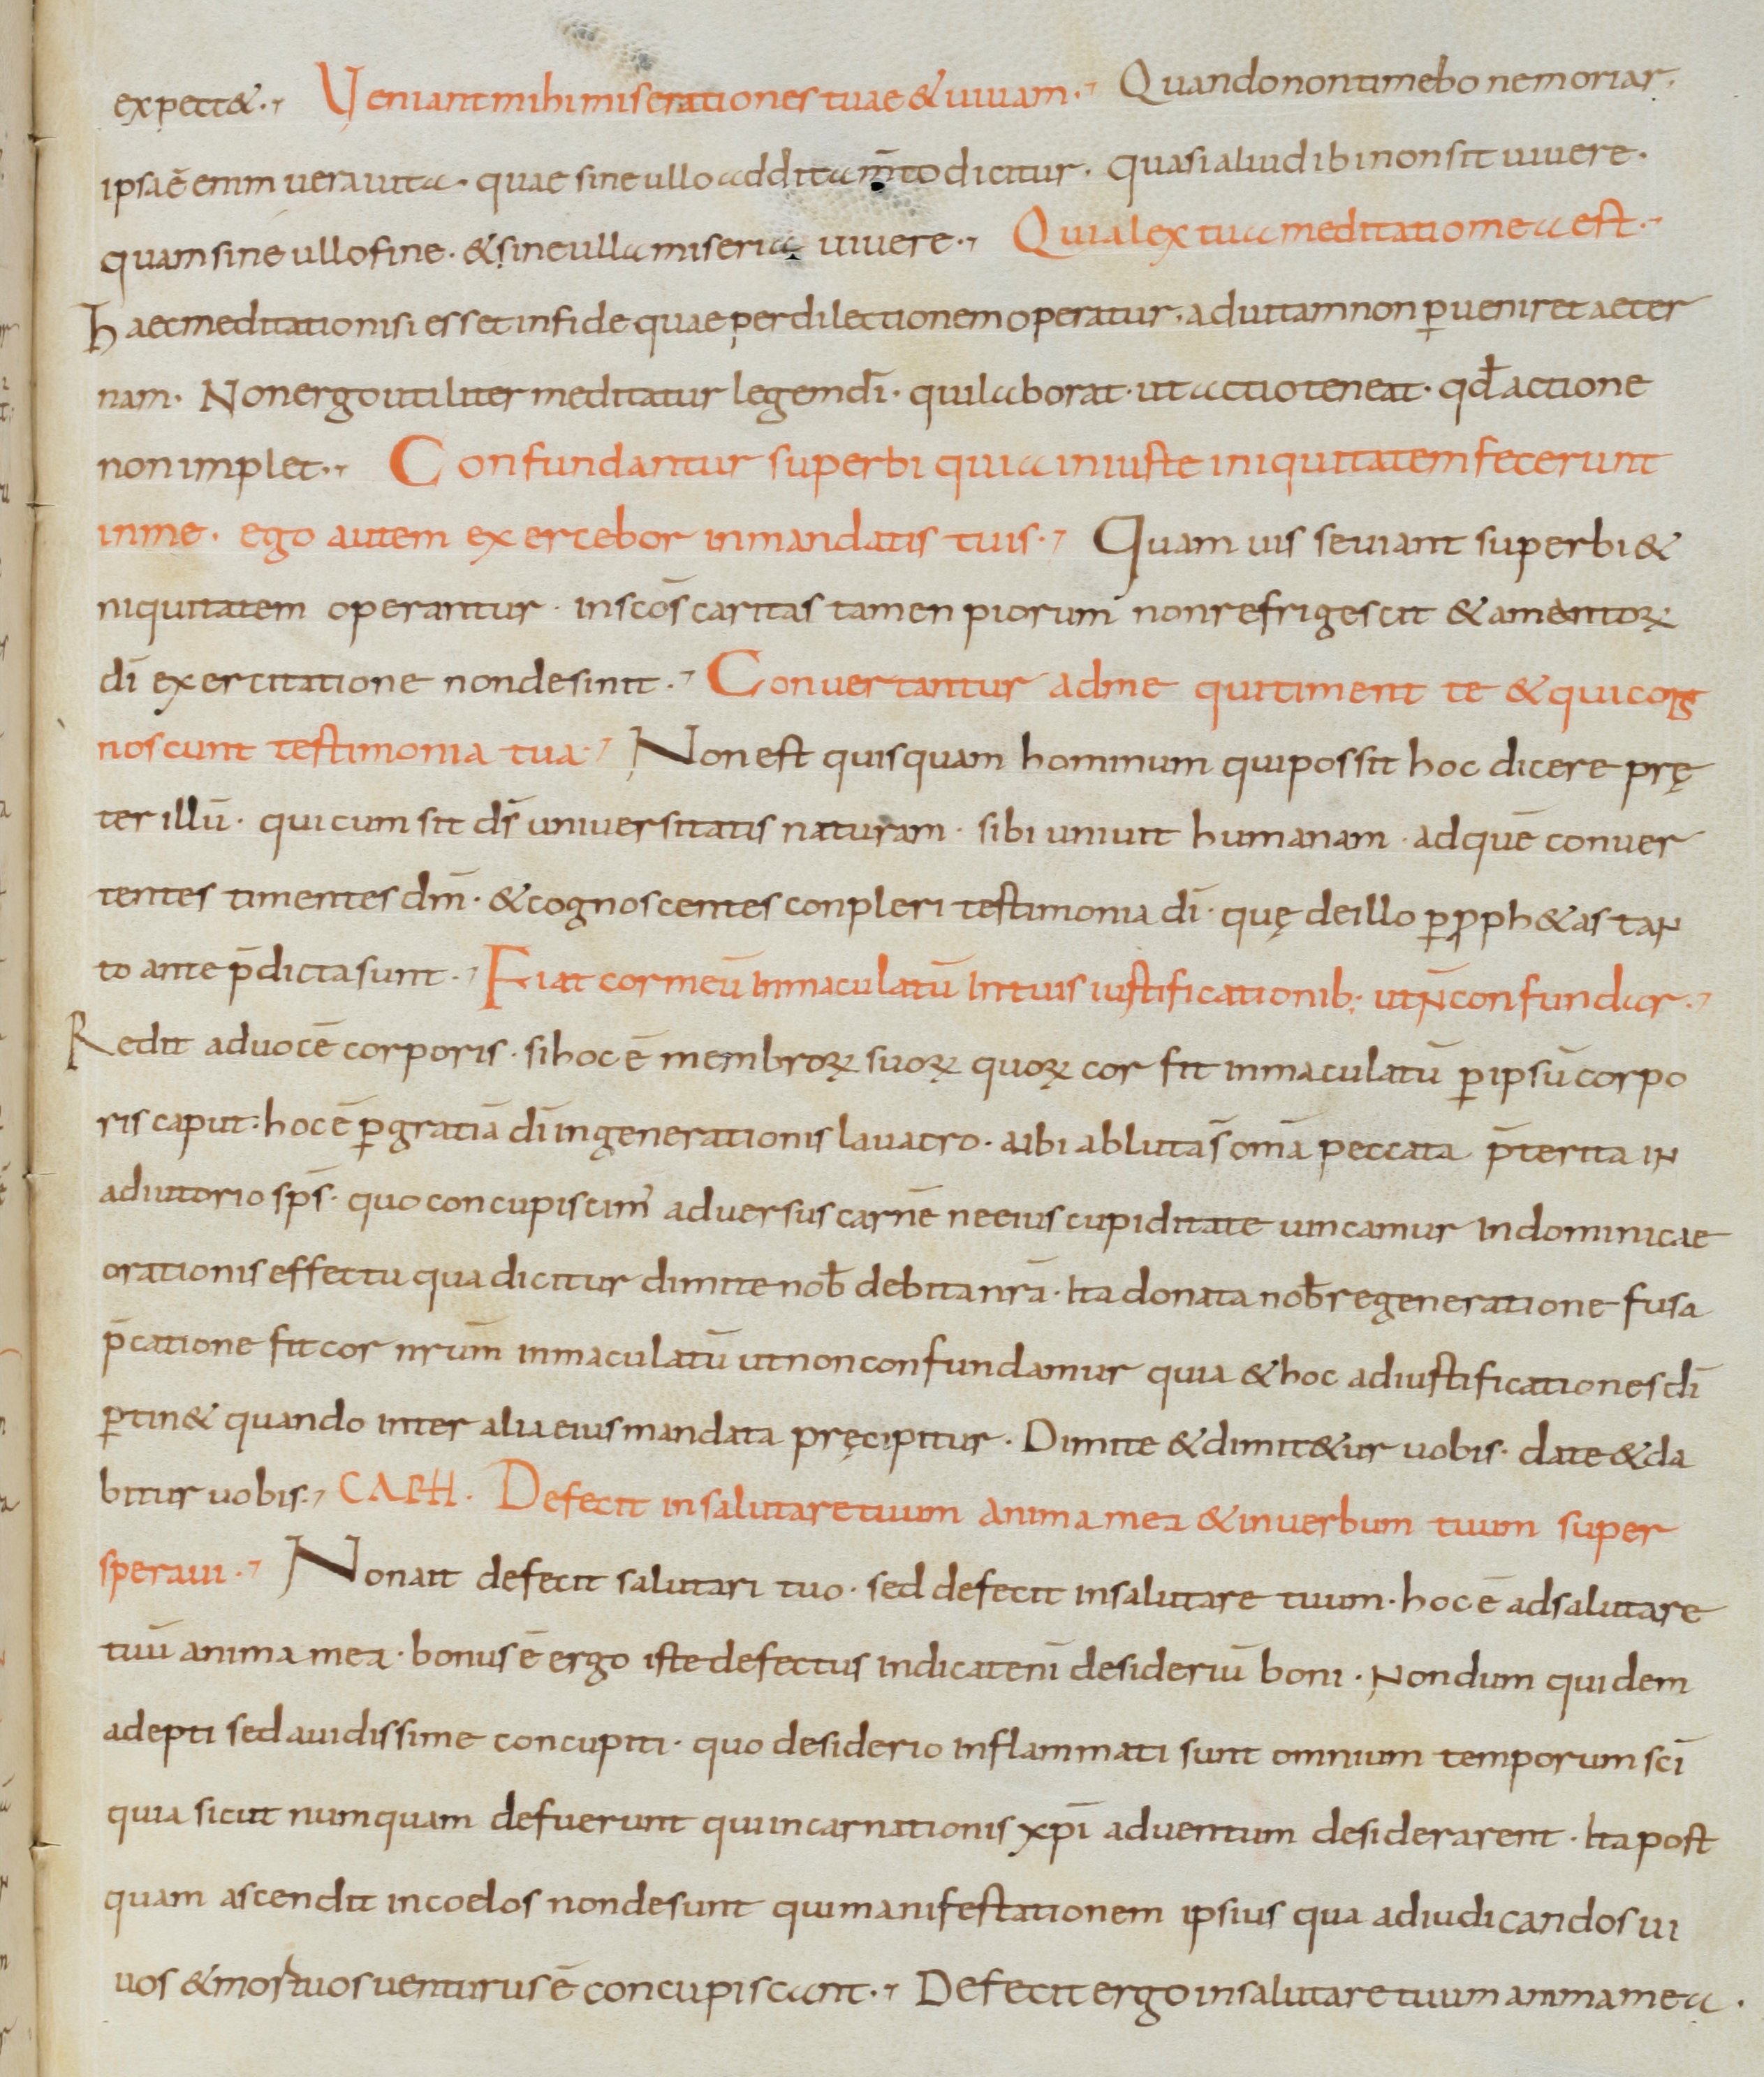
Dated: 900–1099